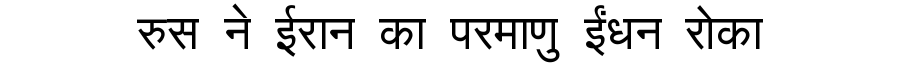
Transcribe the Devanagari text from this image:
रुस ने ईरान का परमाणु ईंधन रोका